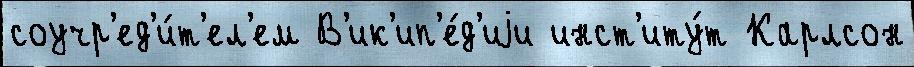
соучр'ед'и́т'ел'ем В'ик'ип'е́д'иjи инст'иту́т Карлсон